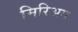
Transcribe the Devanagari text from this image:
मिरिअम